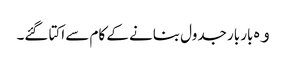
ﻭﮦ بار بار جدول بنانے کے کام سے اکتا گئے۔